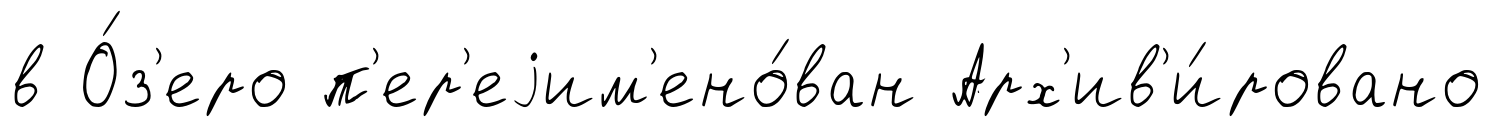
в О́з'еро п'ер'еjим'ено́ван Арх'ив'и́ровано